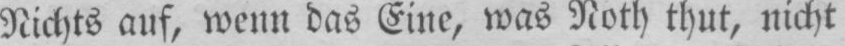
Nichts auf, wenn das Eine, was Noth thut, nicht